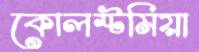
কোলস্টমিয়া